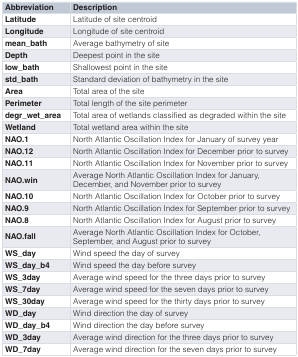
<table><thead><tr><td><b>Abbreviation</b></td><td><b>Description</b></td></tr></thead><tbody><tr><td><b>Latitude</b></td><td>Latitude of site centroid</td></tr><tr><td><b>Longitude</b></td><td>Longitude of site centroid</td></tr><tr><td><b>mean_bath</b></td><td>Average bathymetry of site</td></tr><tr><td><b>Depth</b></td><td>Deepest point in the site</td></tr><tr><td><b>low_bath</b></td><td>Shallowest point in the site</td></tr><tr><td><b>std_bath</b></td><td>Standard deviation of bathymetry in the site</td></tr><tr><td><b>Area</b></td><td>Total area of the site</td></tr><tr><td><b>Perimeter</b></td><td>Total length of the site perimeter</td></tr><tr><td><b>degr_wet_area</b></td><td>Total area of wetlands classified as degraded within the site</td></tr><tr><td><b>Wetland</b></td><td>Total wetland area within the site</td></tr><tr><td><b>NAO.1</b></td><td>North Atlantic Oscillation Index for January of survey year</td></tr><tr><td><b>NAO.12</b></td><td>North Atlantic Oscillation Index for December prior to survey</td></tr><tr><td><b>NAO.11</b></td><td>North Atlantic Oscillation Index for November prior to survey</td></tr><tr><td><b>NAO.win</b></td><td>Average North Atlantic Oscillation Index for January,December, and November prior to survey</td></tr><tr><td><b>NAO.10</b></td><td>North Atlantic Oscillation Index for October prior to survey</td></tr><tr><td><b>NAO.9</b></td><td>North Atlantic Oscillation Index for September prior to survey</td></tr><tr><td><b>NAO.8</b></td><td>North Atlantic Oscillation Index for August prior to survey</td></tr><tr><td><b>NAO.fall</b></td><td>Average North Atlantic Oscillation Index for October,September, and August prior to survey</td></tr><tr><td><b>WS_day</b></td><td>Wind speed the day of survey</td></tr><tr><td><b>WS_day_b4</b></td><td>Wind speed the day before survey</td></tr><tr><td><b>WS_3day</b></td><td>Average wind speed for the three days prior to survey</td></tr><tr><td><b>WS_7day</b></td><td>Average wind speed for the seven days prior to survey</td></tr><tr><td><b>WS_30day</b></td><td>Average wind speed for the thirty days prior to survey</td></tr><tr><td><b>WD_day</b></td><td>Wind direction the day of survey</td></tr><tr><td><b>WD_day_b4</b></td><td>Wind direction the day before survey</td></tr><tr><td><b>WD_3day</b></td><td>Average wind direction for the three days prior to survey</td></tr><tr><td><b>WD_7day</b></td><td>Average wind direction for the seven days prior to survey</td></tr></tbody></table>